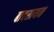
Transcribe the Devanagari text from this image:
बादसायन